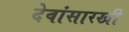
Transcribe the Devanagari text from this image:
देवांसारखी